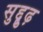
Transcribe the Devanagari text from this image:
सुद्दुृढ़